Annual report of the Bengal Veterinary College and of the Civil Veterinary Department, Bengal, for the year 1913-1914 - 1913-1914
Year: 1913
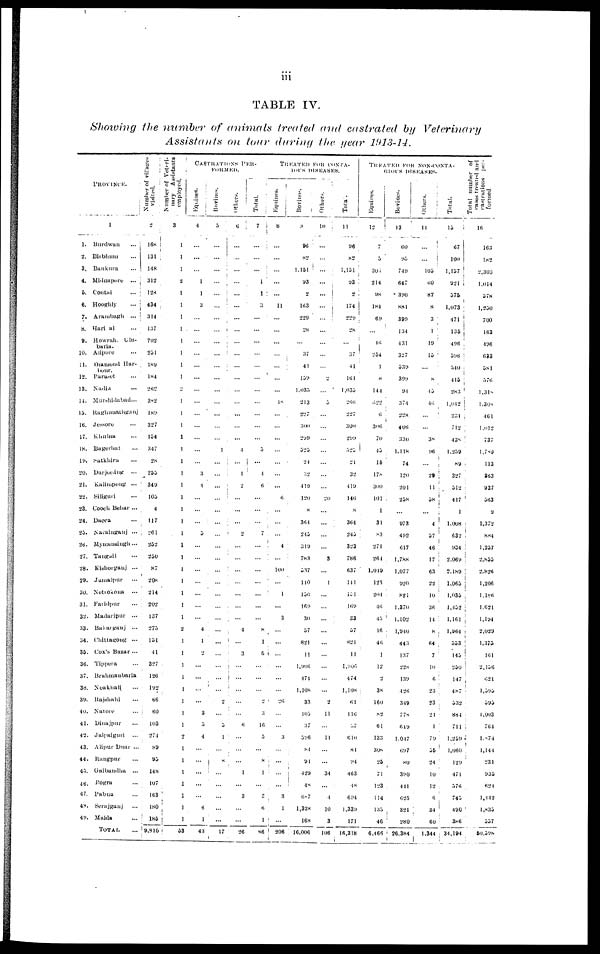
iii
TABLE IV.
Showing the number of animals treated and castrated by Veterinary
Assistants on tour during the year 1913-14,
PROVINCE.
1
1. Burdwan ...
2. Bhbhum ...
3, Bankura ...
4. Midnapore
...
5. Contai ...
6. Hooghly ...
7.
Arambagh
...
8. Hari al ...
9.
Howrah, Glu-baria.
10. Alipore ...
11.
Diamond llar-hour.
12. Paraset ...
13. Nadia ...
14. Murshidabad ...
15.
Raghunathganj
16. Jessore ...
17.
Khulna ...
18. Bagerhat ...
19. Satkhira ...
20. Darjeeling
...
21. Kalimpong ...
22. Siliguri ...
23. Coach Behar...
24. Dacca ...
25.
Naraiuganj
...
26. Mymensigh ...
27. Tangail ...
28. Kishorganj ...
29. Jamalpur
...
30. Netiokoua
...
31. Faridpur ...
32. Madaripur
...
33. Baharganj
...
34.
Chittagong
...
35. Cox's Bazar ...
36. Tippora ...
37.
Brahmanbaria
38. Noakhali ...
39. Rajshahi ...
40. Natore ...
41. Dinajpur ...
42. Jalpaiguri
...
43. Alipur Duar...
44. Rangpur ...
45. Gaibandha ...
46. Pogru ...
47. Pabna ...
48. Serajganj ...
49.
Malda ...
TOTAL ...
Number of villages
2
16k
131
148
312
128
434
314
137
702
251
189
184
262
382
189
327
154
347
28
255
349
105
4
117
261
252
250
87
208
214
202
137
273
151
41
327
126
132
68
60
103
271
89
95
148
107
163
180
185
9,316
Number of Veteri-
employed.
3
1
1
1
2
1
1
1
1
1
1
1
1
1
1
1
1
1
1
10
1
1
1
1
1
1
1
1
1
1
1
1
1
2
1
1
1
1
1
1
1
1
1
1
1
1
1
1
1
1
53
CASTIIATK'XS PER-FORMED.
Equines
4
...
...
...
1
1
3
...
...
...
...
...
...
...
...
...
...
...
...
...
2
4
...
...
...
5
...
...
...
...
...
...
1...
4
1
2
...
...
...
...
3
5
4
...
...
...
...
...
...
...
43
Bovines.
5
...
...
...
...
...
...
...
...
...
...
...
...
...
...
...
...
...
...
...
...
...
...
...
...
...
...
...
...
...
...
...
...
...
...
...
...
...
...
2
...
...
...
...
...
....
...
...
...
...
...
Others.
6
...
...
...
...
...
...
...
...
...
...
...
...
...
...
...
...
...
14
...
1
2
...
...
...
2
...
...
... ...
...
...
...
...
...
...
...
...
...
...
...
...
5
1
...
8 ...
...
...
...
...
...
17
Total.
7
...
...
...
...
1
3
...
...
...
...
...
...
...
...
...
...
...
5
...
4
6
...
...
...
7
...
...
...
...
...
...
...
1
8
1
5
...
...
...
2
3
6
16
5
...
8
1
...
2
6
1
26
86
TREATED
FOR
CONRA-
IORS DISEASES
8
...
...
...
...
...
11
...
...
...
...
...
...
...
4S
...
...
...
...
...
...
...
6
...
...
...
4
...
100
...
1
...
3
...
...
...
...
...
...
26
...
...
3
...
...
...
...
3
1
...
206
Bovines
9
96
82
1.151
93
2
163
229
28
...
37
41
159
1,035
213
227
300
299
525
21
32
419
120
8
364
245
319
783
537
140
150
169
30
57
821
11
1,906
471
1.108
33
105
37
59'6
s4
94
429
48
687
1,328
168
16,006
Others.
10
...
...
...
...
...
...
...
...
...
...
...
2
...
5
...
...
...
...
...
...
...
20
...
...
...
...
3
...
1
...
...
...
...
...
...
...
...
...
2
11
...
11
...
...
34
...
4
10
3
106
Total.
11
96
82
1,151
93
2
174
229
28
...
...
41
161
1,035
266
227
300
299
525
21
32
419
146
8
364
245
323
786
637
141
151
169
33
57
821
11
1,906
474
1,108
61
116
57
610
84
94
463
48
694
1,339
171
16,318
TREATED
FOR
NON-
CONTA
GLOUS DISEASES
Equines
12
7
5
30.5
214
98
184
69
...
46
254
1
8
144
622
6
306
70
45
15
178
300
101
1
31
83
271
264
1,019
123
204
46
45
16
46
1
12
2
38
160
S2
61
133
308
25
71
123
114
135
46
6,466
Bovines.
13
60
95
749
647
390
881
399
134
431
327
539
399
94
374
228
406
330
1,118
74
120
201
258
...
973
492
617
1,788
1,077
920
821
1,370
1,102
1,940
443
137
228
139
426
349
778
619
1.017
697
80
390
441
625
321
280
26,384
Others.
14
...
...
105
60
87
8
3
1
...
15
...
8
45
46
...
...
38
96
...
29
11
58
...
4
57
46
17
63
22
10
36
14
8
64
7
10
6
23
23
24
1
79
55
24
10
12
6
34
60
1,344
Total.
15
67
100
1.157
921
576
1,073
471
135
496
596
540
4.5;
283
1,042
234
712
438
1.259
89
327
512
417
1
1,008
632
934
2.069
2.189
1,065
1,035
1,452
1,161
1,964
553
145
250
147
487
532
884
711
1,259
1,060
129
471
576
745
490
386
34,194
cases treated and
castrutions Per-
formed.
16
163
182
2,303
1,014
578
1,250
700
163
496
633
581
576
1,31s
1,30s
461
l.ol2
737
1,789
113
263
937
563
9
1,372
884
1,257
2,855
2,826
1,206
1,186
1,621
1,194
2,029
1,375
101
2,156
621
l,595
595
1,003
764
1,874
1,144
231
935
624
1,442
1,835
557
60,598